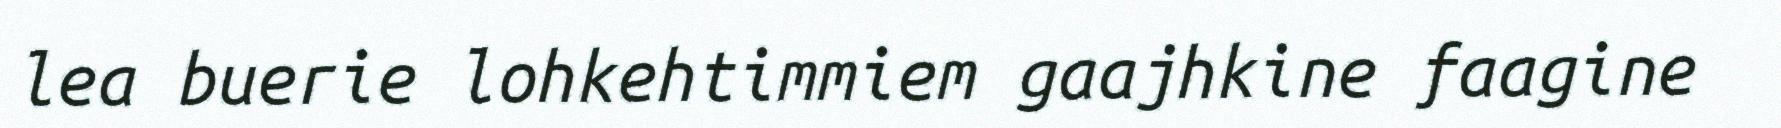
lea buerie lohkehtimmiem gaajhkine faagine